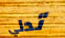
تدلي